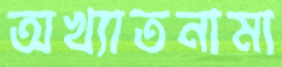
অখ্যাতনামা